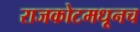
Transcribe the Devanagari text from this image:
राजकोटमधूनच